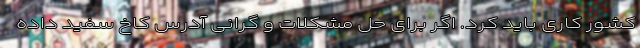
کشور کاری باید کرد. اگر برای حل مشکلات و گرانی آدرس کاخ سفید داده